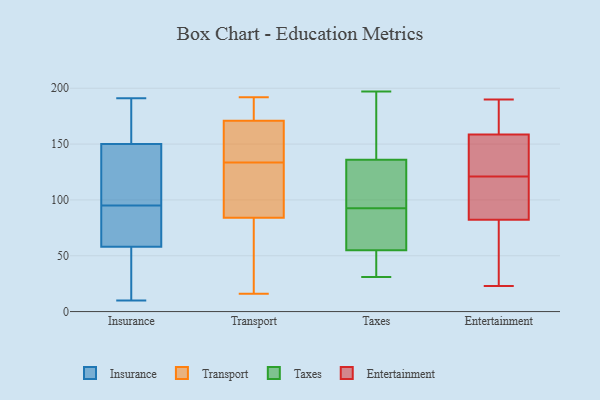
{"axis": {"x": "Energy Usage (MWh)", "y": "Value"}, "legend": ["Entertainment", "Insurance", "Taxes", "Transport"], "data": [{"x": "", "y": 85, "type": "Insurance"}, {"x": "", "y": 159, "type": "Insurance"}, {"x": "", "y": 174, "type": "Insurance"}, {"x": "", "y": 37, "type": "Insurance"}, {"x": "", "y": 68, "type": "Insurance"}, {"x": "", "y": 93, "type": "Insurance"}, {"x": "", "y": 150, "type": "Insurance"}, {"x": "", "y": 191, "type": "Insurance"}, {"x": "", "y": 178, "type": "Insurance"}, {"x": "", "y": 58, "type": "Insurance"}, {"x": "", "y": 102, "type": "Insurance"}, {"x": "", "y": 26, "type": "Insurance"}, {"x": "", "y": 134, "type": "Insurance"}, {"x": "", "y": 10, "type": "Insurance"}, {"x": "", "y": 119, "type": "Insurance"}, {"x": "", "y": 97, "type": "Insurance"}, {"x": "", "y": 26, "type": "Insurance"}, {"x": "", "y": 61, "type": "Insurance"}, {"x": "", "y": 191, "type": "Transport"}, {"x": "", "y": 188, "type": "Transport"}, {"x": "", "y": 126, "type": "Transport"}, {"x": "", "y": 171, "type": "Transport"}, {"x": "", "y": 45, "type": "Transport"}, {"x": "", "y": 135, "type": "Transport"}, {"x": "", "y": 88, "type": "Transport"}, {"x": "", "y": 132, "type": "Transport"}, {"x": "", "y": 144, "type": "Transport"}, {"x": "", "y": 166, "type": "Transport"}, {"x": "", "y": 56, "type": "Transport"}, {"x": "", "y": 84, "type": "Transport"}, {"x": "", "y": 16, "type": "Transport"}, {"x": "", "y": 192, "type": "Transport"}, {"x": "", "y": 55, "type": "Taxes"}, {"x": "", "y": 31, "type": "Taxes"}, {"x": "", "y": 48, "type": "Taxes"}, {"x": "", "y": 197, "type": "Taxes"}, {"x": "", "y": 68, "type": "Taxes"}, {"x": "", "y": 113, "type": "Taxes"}, {"x": "", "y": 167, "type": "Taxes"}, {"x": "", "y": 95, "type": "Taxes"}, {"x": "", "y": 90, "type": "Taxes"}, {"x": "", "y": 78, "type": "Taxes"}, {"x": "", "y": 121, "type": "Taxes"}, {"x": "", "y": 39, "type": "Taxes"}, {"x": "", "y": 170, "type": "Taxes"}, {"x": "", "y": 136, "type": "Taxes"}, {"x": "", "y": 101, "type": "Entertainment"}, {"x": "", "y": 178, "type": "Entertainment"}, {"x": "", "y": 23, "type": "Entertainment"}, {"x": "", "y": 151, "type": "Entertainment"}, {"x": "", "y": 55, "type": "Entertainment"}, {"x": "", "y": 101, "type": "Entertainment"}, {"x": "", "y": 103, "type": "Entertainment"}, {"x": "", "y": 111, "type": "Entertainment"}, {"x": "", "y": 175, "type": "Entertainment"}, {"x": "", "y": 177, "type": "Entertainment"}, {"x": "", "y": 190, "type": "Entertainment"}, {"x": "", "y": 135, "type": "Entertainment"}, {"x": "", "y": 121, "type": "Entertainment"}, {"x": "", "y": 27, "type": "Entertainment"}, {"x": "", "y": 150, "type": "Entertainment"}, {"x": "", "y": 135, "type": "Entertainment"}, {"x": "", "y": 55, "type": "Entertainment"}, {"x": "", "y": 161, "type": "Entertainment"}, {"x": "", "y": 76, "type": "Entertainment"}]}